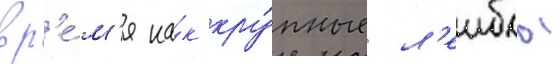
вр'е́м'я ка́к кру́пные л'еиблы